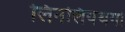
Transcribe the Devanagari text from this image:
लिनलियथगो